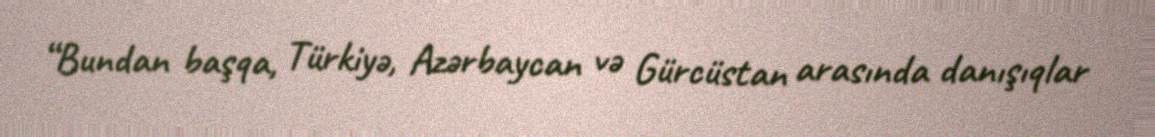
“Bundan başqa, Türkiyə, Azərbaycan və Gürcüstan arasında danışıqlar